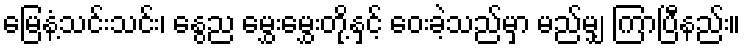
မြေနံ့သင်းသင်း၊ နွေည မွှေးမွှေးတို့နှင့် ဝေးခဲ့သည်မှာ မည်မျှ ကြာပြီနည်း။